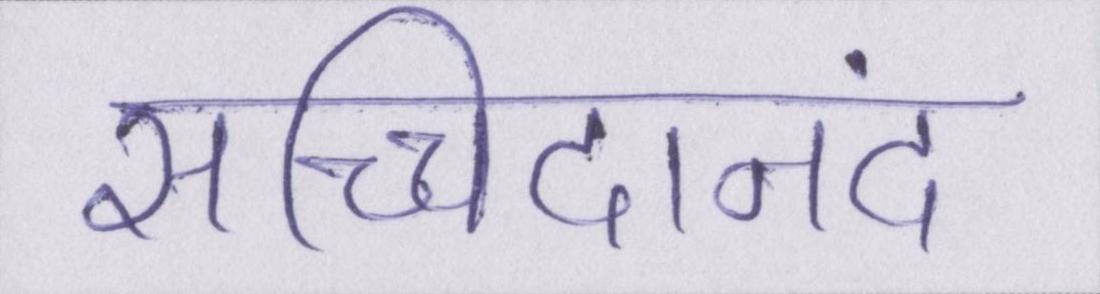
सच्चिदानंद